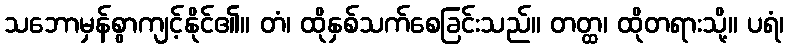
သဘောမှန်စွာကျင့်နိုင်၏။ တံ၊ ထိုနှစ်သက်စေခြင်းသည်။ တတ္ထ၊ ထိုတရားသို့။ ပရံ၊